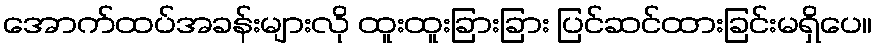
အောက်ထပ်အခန်းများလို ထူးထူးခြားခြား ပြင်ဆင်ထားခြင်းမရှိပေ။